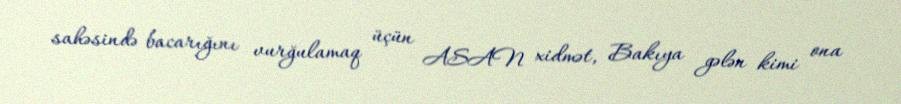
sahəsində bacarığını vurğulamaq üçün ASAN xidmət, Bakıya gələn kimi ona